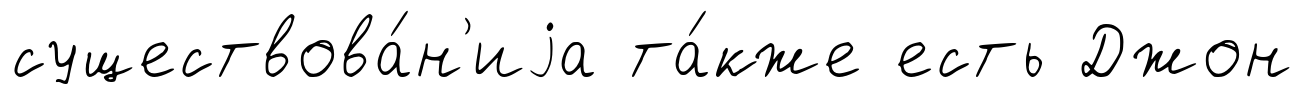
существова́н'иjа та́кже есть Джон